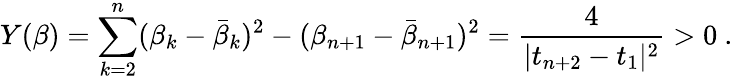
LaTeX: Y(\beta)=\sum_{k=2}^{n}(\beta_{k}-\bar{\beta}_{k})^{2}-(\beta_{n+1}-\bar{\beta}_{n+1})^{2}={\frac{4}{|t_{n+2}-t_{1}|^{2}}}>0\ .